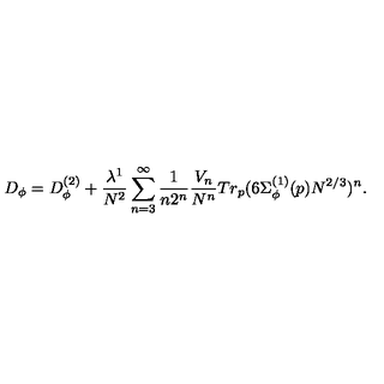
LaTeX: D _ { \phi } = D _ { \phi } ^ { ( 2 ) } + \frac { \lambda ^ { 1 } } { N ^ { 2 } } \sum _ { n = 3 } ^ { \infty } \frac { 1 } { n 2 ^ { n } } \frac { V _ { n } } { N ^ { n } } T r _ { p } ( 6 \Sigma _ { \phi } ^ { ( 1 ) } ( p ) N ^ { 2 / 3 } ) ^ { n } .